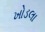
ખોડલા